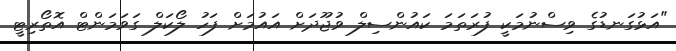
"އަޅުގަނޑުގެ ވިސްނުމަކީ ފުރަތަމަ ކައުންސިލް ވުޖޫދަށް އައުމަށް ފަހު ލޯކަލް ގަވަމަންޓް އޮތޯރިޓީ